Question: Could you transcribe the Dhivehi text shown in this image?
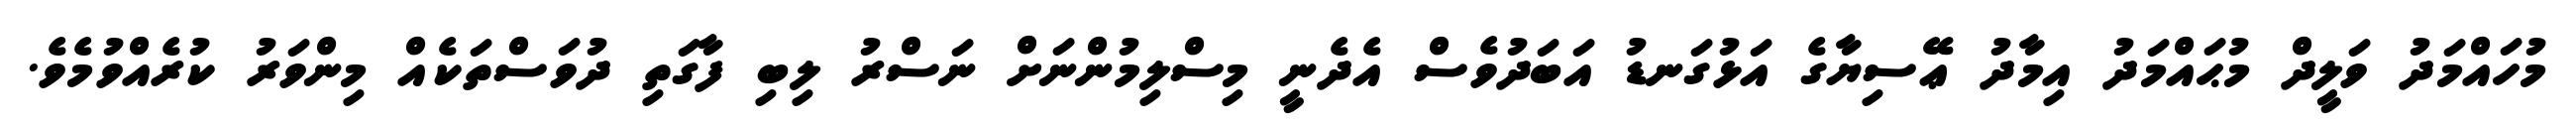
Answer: މުހައްމަދު ވަލީދް މުޙައްމަދު އިމާދު ޢޭސިޔާގެ އަޅުގަނޑު އަބަދުވެސް އެދެނީ މިސްލިމުންނަށް ނަސްރު ލިބި ފާގަތި ދުވަސްތަކެއް މިންވަރު ކުރެއްވުމެވެ.